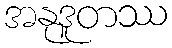
အနုဒူတဿ